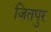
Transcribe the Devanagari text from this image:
जितपुर